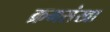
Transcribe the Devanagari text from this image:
क्रमसंखा